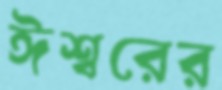
ঈশ্বরের